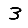
Digit: 3